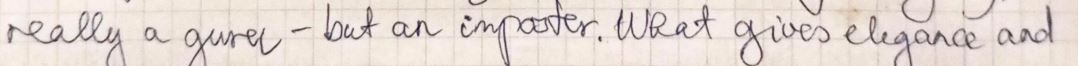
really a gwre - but an importer. What gives elegance and